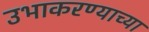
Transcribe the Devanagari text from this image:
उभाकरण्याच्या